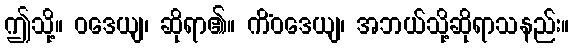
ဤသို့။ ဝဒေယျ၊ ဆိုရာ၏။ ကိံဝဒေယျ၊ အဘယ်သို့ဆိုရာသနည်း။